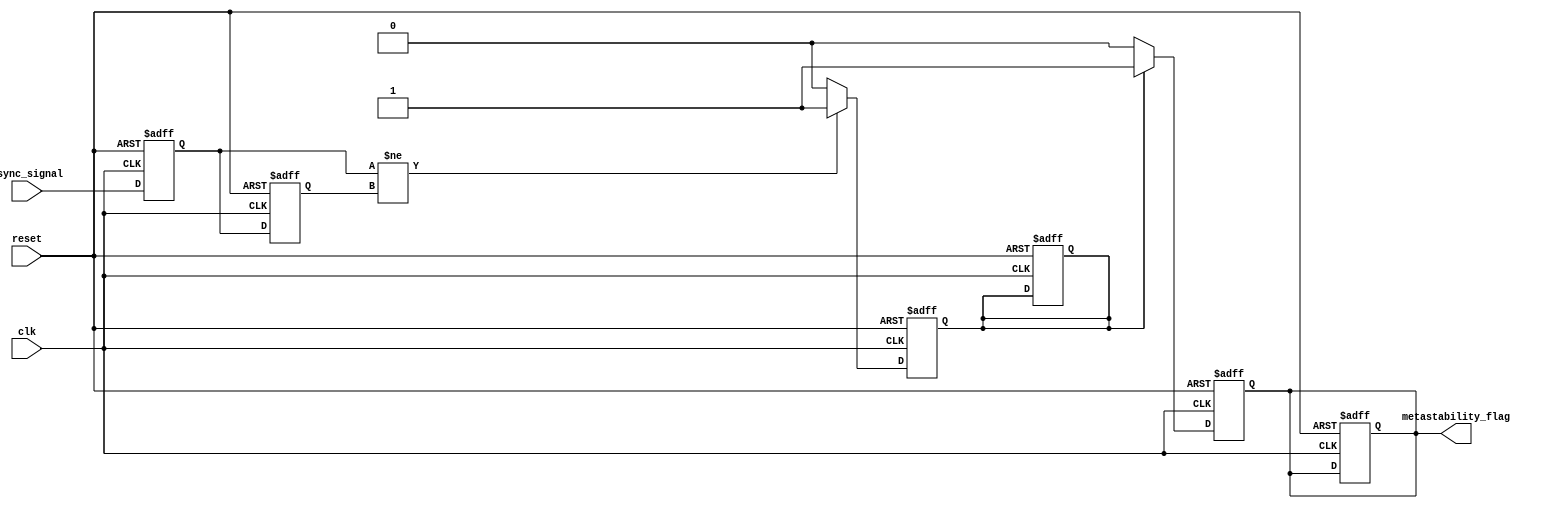
module metastability_detector (
    input wire clk,               // Stable clock signal
    input wire async_signal,      // Asynchronous input signal
    input wire reset,             // Reset signal
    output reg metastability_flag  // Output signal indicating metastability
);

    // Internal signals for double sampling
    reg ff1, ff2;
    reg pulse;

    // Flip-flops to sample the asynchronous signal
    always @(posedge clk or posedge reset) begin
        if (reset) begin
            ff1 <= 1'b0;
            ff2 <= 1'b0;
            metastability_flag <= 1'b0;
            pulse <= 1'b0;
        end else begin
            ff1 <= async_signal;  // Sample the async signal at the first clock edge
            ff2 <= ff1;           // Sample the output of FF1 at the next clock edge
        end
    end

    // Pulse generation logic
    always @(posedge clk or posedge reset) begin
        if (reset) begin
            pulse <= 1'b0;
        end else begin
            // Generate a pulse if ff1 and ff2 are different
            if (ff1 != ff2) begin
                pulse <= 1'b1;  // Indicate potential metastability
            end else begin
                pulse <= 1'b0;  // Clear pulse if no metastability detected
            end
        end
    end

    // Metastability detection logic
    always @(posedge clk or posedge reset) begin
        if (reset) begin
            metastability_flag <= 1'b0;
        end else begin
            // Set metastability flag if pulse is high
            if (pulse) begin
                metastability_flag <= 1'b1; // Indicate metastability detected
            end else begin
                metastability_flag <= 1'b0; // Clear flag if no metastability
            end
        end
    end

endmodule